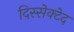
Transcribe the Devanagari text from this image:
दिस्सेक्टेद